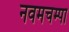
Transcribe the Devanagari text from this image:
नवमचम्पा